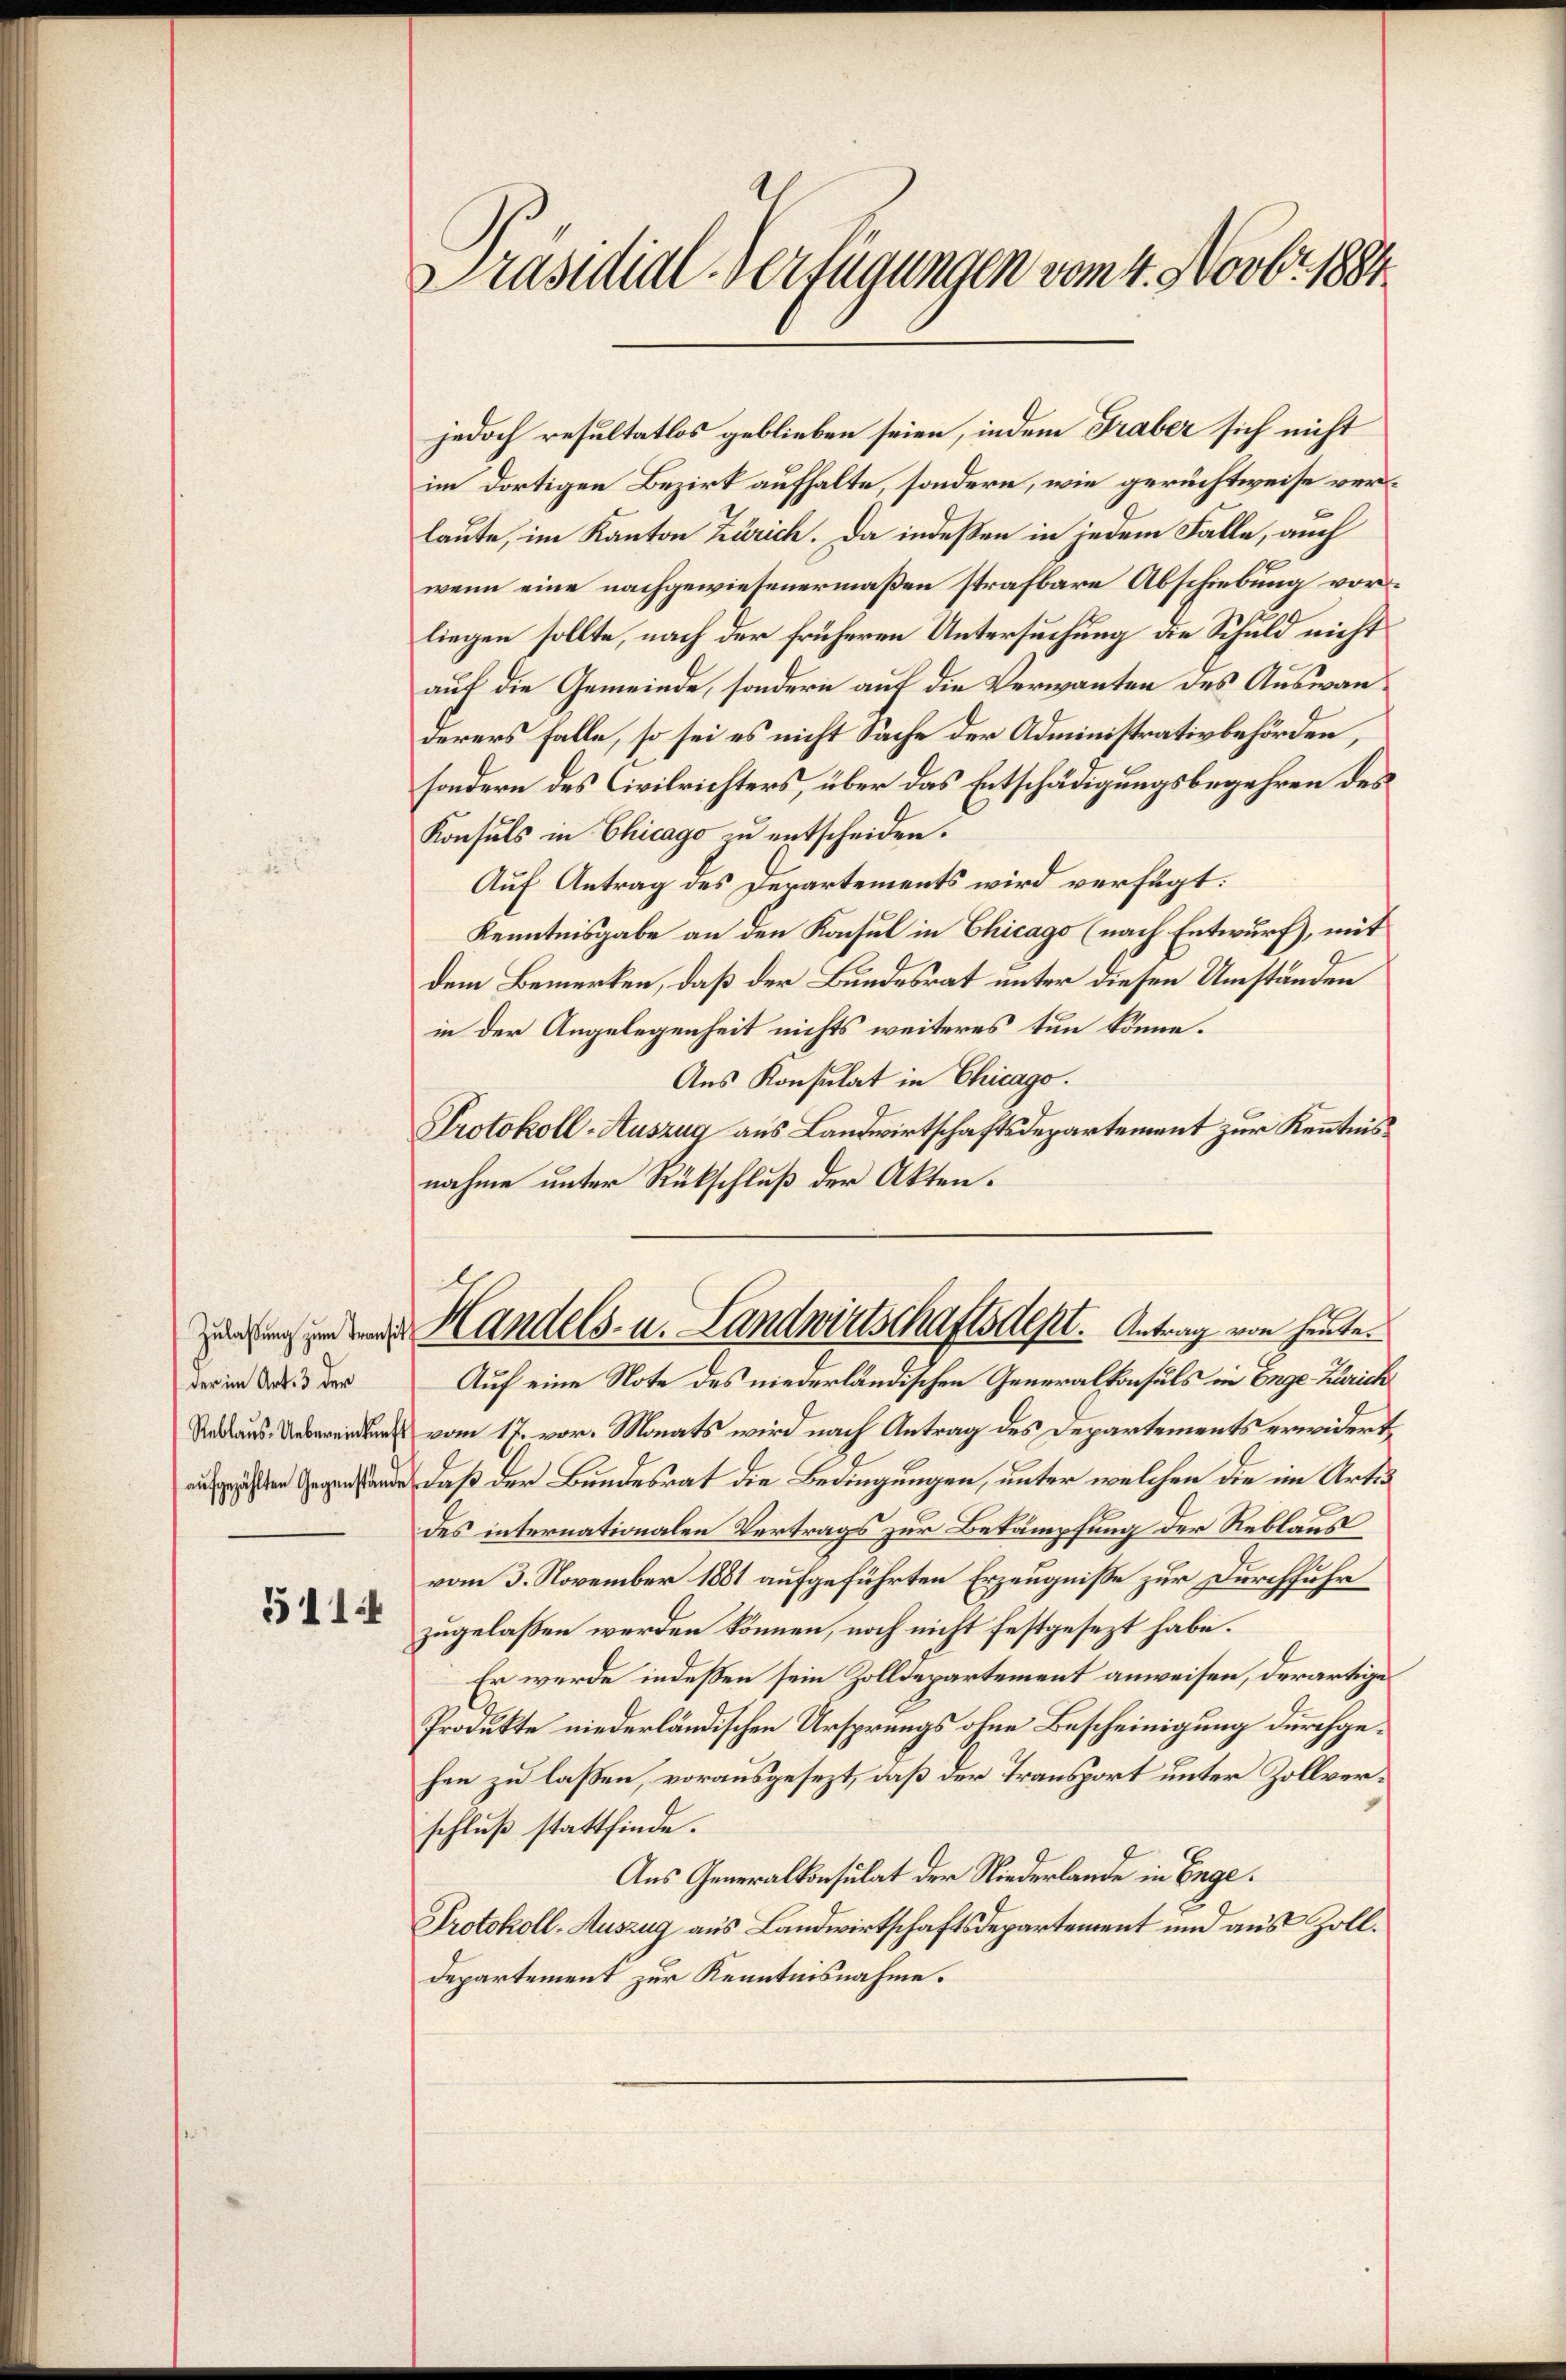
der im Art. 3 der

5114

Präsidial-Verfügungen vom 4. Novbr. 1884.

jedoch resultatlos geblieben seien, indem Traber sich nicht
im dortigen Bezirk aufhalte, sondern, wie gerichtweise verlaute, im Kanton Zürich. Da indeßen in jedem Falle, auch
wenn eine nachgewiesenermaßen strafbare Abschiebung vorliegen sollte, nach der früheren Untersuchung die Schuld nicht
auf die Gemeinde, sondern auf die Verwanten des Auswanderers Falle, so sei es nicht Sache der Administrativbehörden,
sondern des Civilrichters, über das Entschädigungsbegehren des
Konsuls in Chicago zu entscheiden.
Auf Antrag des Derartements wird verfügt:
Kenntnisgabe an den Konsul in Chicago (nach Entwurf), mit
dem Bemerken, daß der Bundesrat unter diesen Umständen
in der Angelegenheit nichts weiteres tun könne.
Aus Konsulat in Chicago.
Protokoll-Auszug aus Landwirtschaftsdepartement zur Kenntnisnahme unter Rückschluß der Akten.

de Handels- u. Landwirtschaftsdest. Antrag von heute.

Auf eine Note des niederländischen Generalkonsuls in Enge-Zürich
eien vom 17. vor. Monats wird nach Antrag des Departements erwidert,
nde, daß der Bundesrat die Bedingungen, unter welchen die im Art.
des internationalen Vertrags zur Bekämpfung der Reblaus
vom 3. November 1881 aufgeführten Erzeugnisse zur Durchführ
zugelassen werden können, noch nicht festgesezt habe.
Er werde indessen sein Zolldepartement anweisen, derartige
Produkte niederländischen Ursprungs ohne Bescheinigung durchgehen zu laßen, vorausgesezt, daß der Transport unter Zollverschluß stattfinde.
Aus Generalkonsulat der Niederlande in Enge.
Protokoll-Auszug aus Landwirtschaftsdepartement und aus Zoll¬
Departement zur Kenntnisnahme.